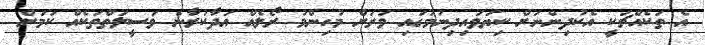
އެ ތަކެއްޗަކީ އެކުދިންނަށް ކިޔަވައިދިނުމުގައި ވަރަށް މުހިންމު ރޯލެއް އަދާކުރާނެ ވަސީލަތްތަކެއް ކަމަށް